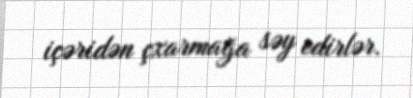
içəridən çxarmağa səy edirlər.